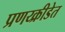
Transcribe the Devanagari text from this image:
प्रणय्क्रीडेत